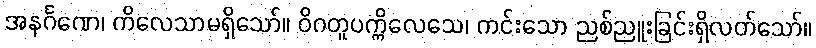
အနင်္ဂဏေ၊ ကိလေသာမရှိသော်။ ဝိဂတူပက္ကိလေသေ၊ ကင်းသော ညစ်ညူးခြင်းရှိလတ်သော်။